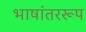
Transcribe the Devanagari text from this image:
भाषांतररूप